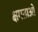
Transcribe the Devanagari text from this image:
क्षमताओ